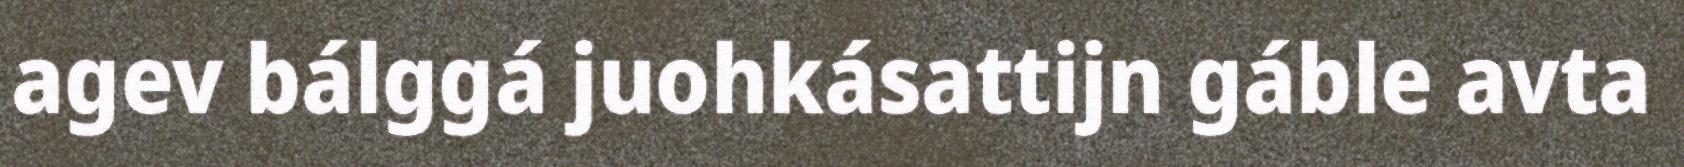
agev bálggá juohkásattijn gáble avta